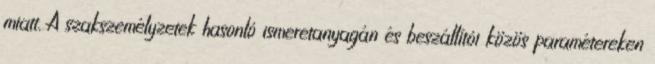
miatt. A szakszemélyzetek hasonló ismeretanyagán és beszállítói közös paramétereken